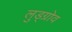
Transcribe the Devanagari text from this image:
लुड्ग्रोव